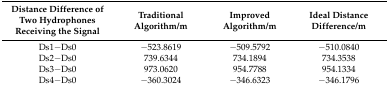
| Distance Difference of Two Hydrophones Receiving the Signal | Traditional Algorithm/m | Improved Algorithm/m | Ideal Distance Difference/m |
 | --- | --- | --- | --- |
 | Ds1−Ds0 | −523.8619 | −509.5792 | −510.0840 |
 | Ds2−Ds0 | 739.6344 | 734.1894 | 734.3538 |
 | Ds3−Ds0 | 973.0620 | 954.7788 | 954.1334 |
 | Ds4−Ds0 | −360.3024 | −346.6323 | −346.1796 |